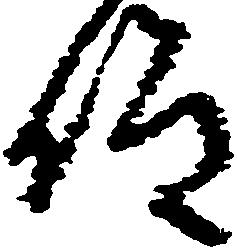
仰